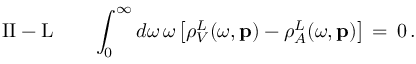
\mathrm { I I - L } \, \, \, \, \, \, \, \, \, \, \, \, \int _ { 0 } ^ { \infty } d \omega \, \omega \left[ \rho _ { V } ^ { L } ( \omega , { \bf p } ) - \rho _ { A } ^ { L } ( \omega , { \bf p } ) \right] \, = \, 0 \, .